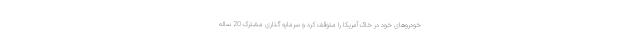
خودروهای خود در خاک آمریکا را متوقف کرد و سرمایه گذاری مشترک 20 ساله